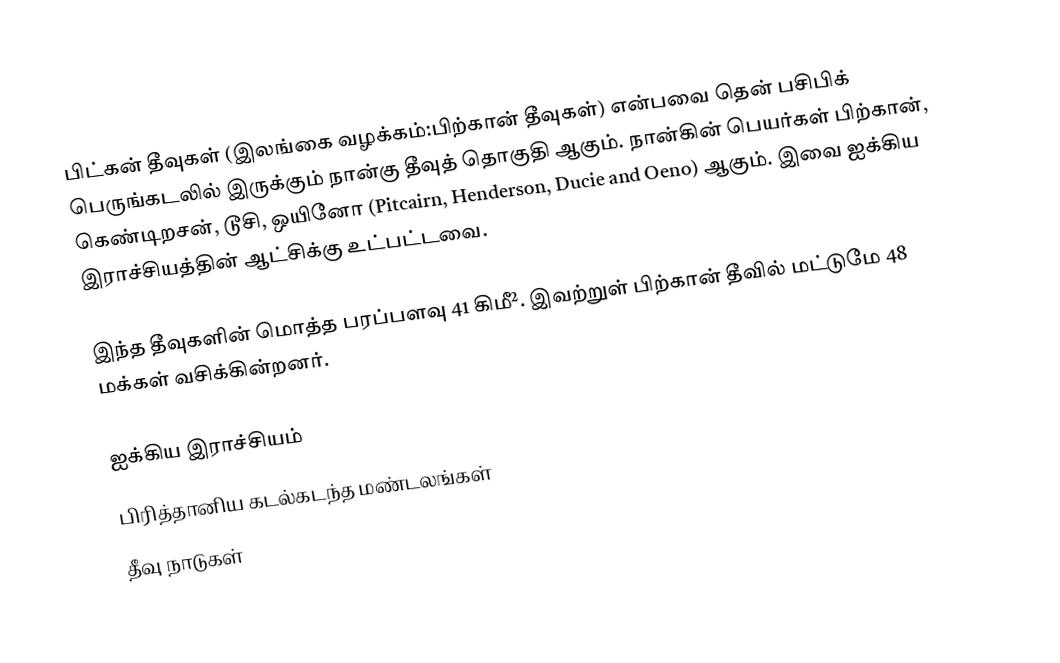
பிட்கன் தீவுகள் (இலங்கை வழக்கம்:பிற்கான் தீவுகள்) என்பவை தென் பசிபிக் பெருங்கடலில் இருக்கும் நான்கு தீவுத் தொகுதி ஆகும்.  நான்கின் பெயர்கள் பிற்கான், கெண்டிறசன், டூசி, ஒயினோ (Pitcairn, Henderson, Ducie and Oeno) ஆகும்.  இவை ஐக்கிய இராச்சியத்தின் ஆட்சிக்கு உட்பட்டவை.

இந்த தீவுகளின் மொத்த பரப்பளவு 41 கிமீ².  இவற்றுள் பிற்கான் தீவில் மட்டுமே 48 மக்கள் வசிக்கின்றனர்.

ஐக்கிய இராச்சியம்
பிரித்தானிய கடல்கடந்த மண்டலங்கள்
தீவு நாடுகள்